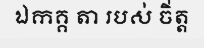
ឯកគ្គ តា របស់ ចិ់ត្ត